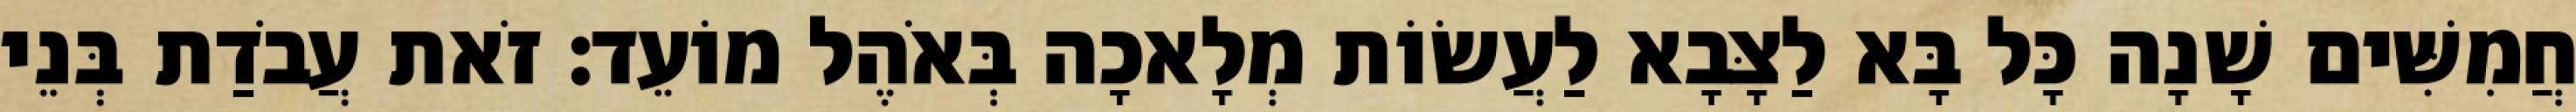
חֲמִשִּׁים שָׁנָה כָּל בָּא לַצָּבָא לַעֲשׂוֹת מְלָאכָה בְּאֹהֶל מוֹעֵד׃ זֹאת עֲבֹדַת בְּנֵי